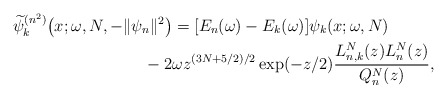
\begin{gather*} \widetilde{\psi }_{k}^{(n^{2})}\big(x;\omega ,N,- \Vert \psi _{n} \Vert ^{2}\big) = [ E_{n}(\omega )-E_{k}(\omega ) ] \psi _{k}(x;\omega,N) \\\hphantom{\widetilde{\psi }_{k}^{(n^{2})}\big(x;\omega ,N,- \Vert \psi _{n} \Vert ^{2}\big) =} {} -2\omega z^{( 3N+5/2) /2}\exp ( -z/2 ) \frac{L_{n,k}^{N}(z) L_{n}^{N}(z) }{Q_{n}^{N}(z)},\end{gather*}